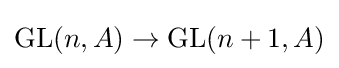
\operatorname {GL} (n,A)\to \operatorname {GL} (n+1,A)